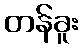
တန်ခူး